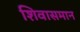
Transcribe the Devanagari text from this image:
शिवासमान